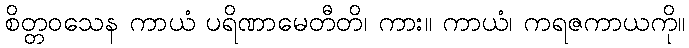
စိတ္တဝသေန ကာယံ ပရိဏာမေတီတိ၊ ကား။ ကာယံ၊ ကရဇကာယကို။